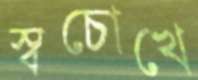
স্বচোখে